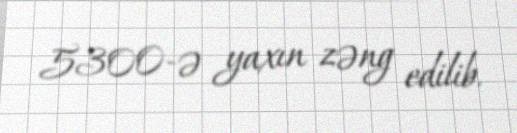
5300-ə yaxın zəng edilib.